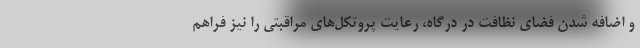
و اضافه شدن فضای نظافت در درگاه، رعایت پروتکل‌های مراقبتی را نیز فراهم